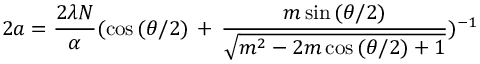
2 a = \frac { 2 \lambda N } { \alpha } ( \cos { ( \theta / 2 ) } \, + \, \frac { m \sin { ( \theta / 2 ) } } { \sqrt { m ^ { 2 } - 2 m \cos { ( \theta / 2 ) } + 1 } } ) ^ { - 1 }